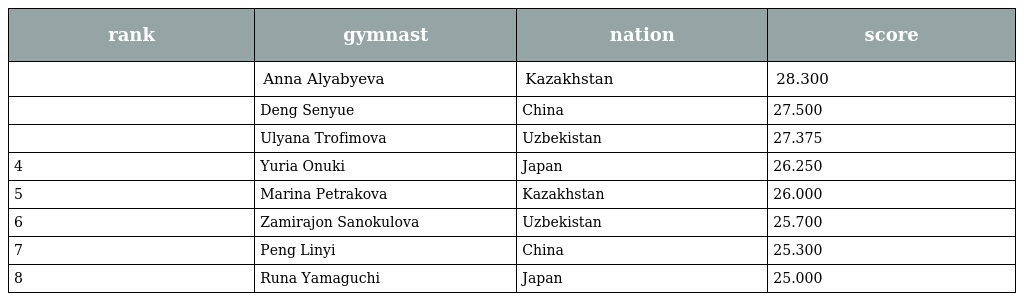
| rank | gymnast | nation | score |
 | --- | --- | --- | --- |
 |  | Anna Alyabyeva | Kazakhstan | 28.300 |
 |  | Deng Senyue | China | 27.500 |
 |  | Ulyana Trofimova | Uzbekistan | 27.375 |
 | 4 | Yuria Onuki | Japan | 26.250 |
 | 5 | Marina Petrakova | Kazakhstan | 26.000 |
 | 6 | Zamirajon Sanokulova | Uzbekistan | 25.700 |
 | 7 | Peng Linyi | China | 25.300 |
 | 8 | Runa Yamaguchi | Japan | 25.000 |